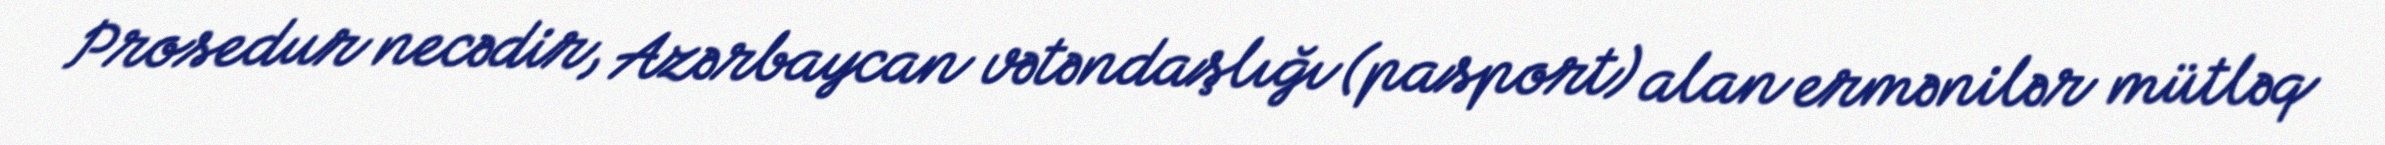
Prosedur necədir, Azərbaycan vətəndaşlığı (pasport) alan ermənilər mütləq